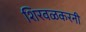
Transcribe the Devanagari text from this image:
शिरवळकरनी